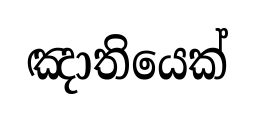
ඤාතියෙක්